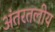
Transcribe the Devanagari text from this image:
अंतरतलीय